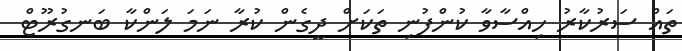
ތައް ސަރުކާރު ހިއްސާވާ ކުންފުނި ތަކަށް ދީގެން ކުރާ ނަމަ ލަންކާ ބަނގުރޫޓް